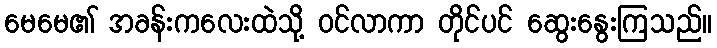
မေမေ၏ အခန်းကလေးထဲသို့ ဝင်လာကာ တိုင်ပင် ဆွေးနွေးကြသည်။